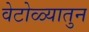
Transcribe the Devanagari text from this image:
वेटोळ्यातुन